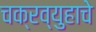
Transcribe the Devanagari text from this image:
चक्रव्युहाचे